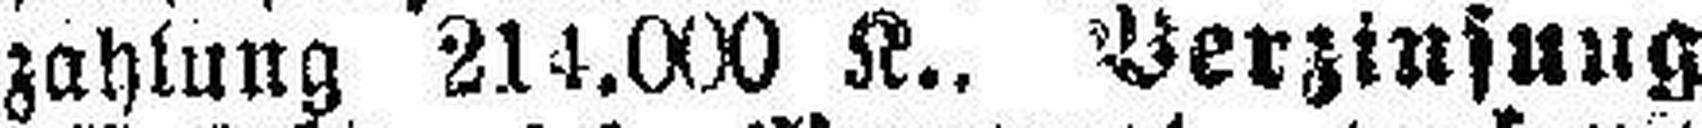
zahlung 214.000 K., Verzinsung